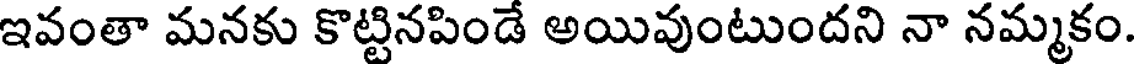
ఇవంతా మనకు కొట్టినపిండే అయివుంటుందని నా నమ్మకం.